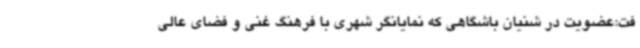
فت:‌عضویت در شنیان باشگاهی که نمایانگر شهری با فرهنگ غنی و فضای عالی